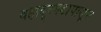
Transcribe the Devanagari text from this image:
बहादूरगडापासून